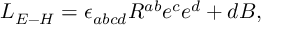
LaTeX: L _ { E - H } = \epsilon _ { a b c d } R ^ { a b } e ^ { c } e ^ { d } + d B ,